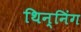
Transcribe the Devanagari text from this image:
थिन्निंग